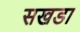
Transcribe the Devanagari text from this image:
सखडा